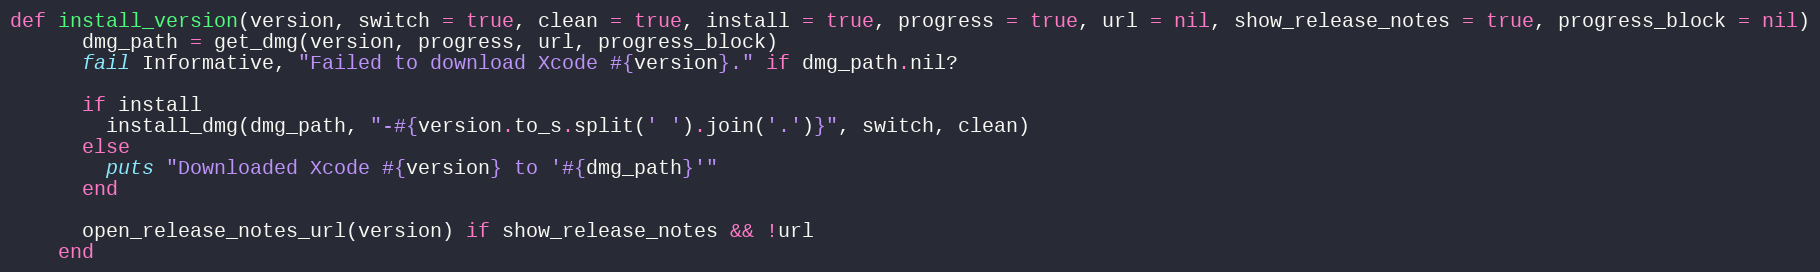
Language: Ruby
def install_version(version, switch = true, clean = true, install = true, progress = true, url = nil, show_release_notes = true, progress_block = nil)
      dmg_path = get_dmg(version, progress, url, progress_block)
      fail Informative, "Failed to download Xcode #{version}." if dmg_path.nil?

      if install
        install_dmg(dmg_path, "-#{version.to_s.split(' ').join('.')}", switch, clean)
      else
        puts "Downloaded Xcode #{version} to '#{dmg_path}'"
      end

      open_release_notes_url(version) if show_release_notes && !url
    end